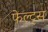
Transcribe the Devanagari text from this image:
फेल्ट्स